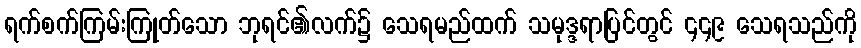
ရက်စက်ကြမ်းကြုတ်သော ဘုရင်၏လက်၌ သေရမည်ထက် သမုဒ္ဒရာပြင်တွင် ၄၄၉ သေရသည်ကို